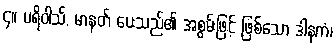
၄။ ပရိဝါသ်, မာနတ် ပေးသည်၏ အစွမ်းဖြင့် ဖြစ်သော ဒါနကံ၊